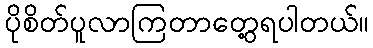
ပိုစိတ်ပူလာကြတာတွေ့ရပါတယ်။